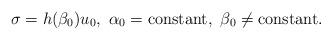
LaTeX: \begin{align*}\sigma=h(\beta_0)u_0,\ \alpha_0=\mbox{\rm constant},\ \beta_0\neq\mbox{\rm constant}.\end{align*}